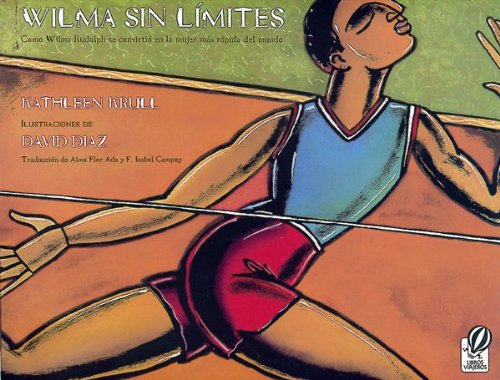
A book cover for Wilma sin limites: Como Wilma Rudolph se convirtio en la mujer mas rapida del mundo (Spanish Edition); Kathleen Krull; Children's Books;